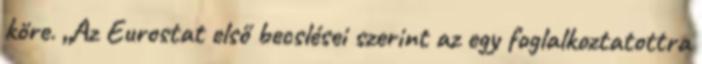
köre. „Az Eurostat első becslései szerint az egy foglalkoztatottra